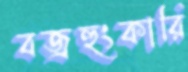
বজ্রহুংকারি